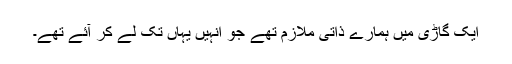
ایک گاڑی میں ہمارے ذاتی ملازم تھے جو انہیں یہاں تک لے کر آئے تھے۔